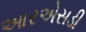
આરએસડી